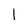
Character: 1